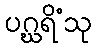
ပဂ္ဃရိံသု